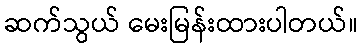
ဆက်သွယ် မေးမြန်းထားပါတယ်။